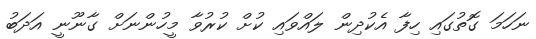
ނަހަމަ ގޮތުގައި ހިފާ އެކުދިން ލައްވައި ކުށް ކުރުވާ މީހުންނަށް ގާނޫނީ އަދަބު